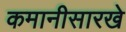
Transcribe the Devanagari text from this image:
कमानीसारखे